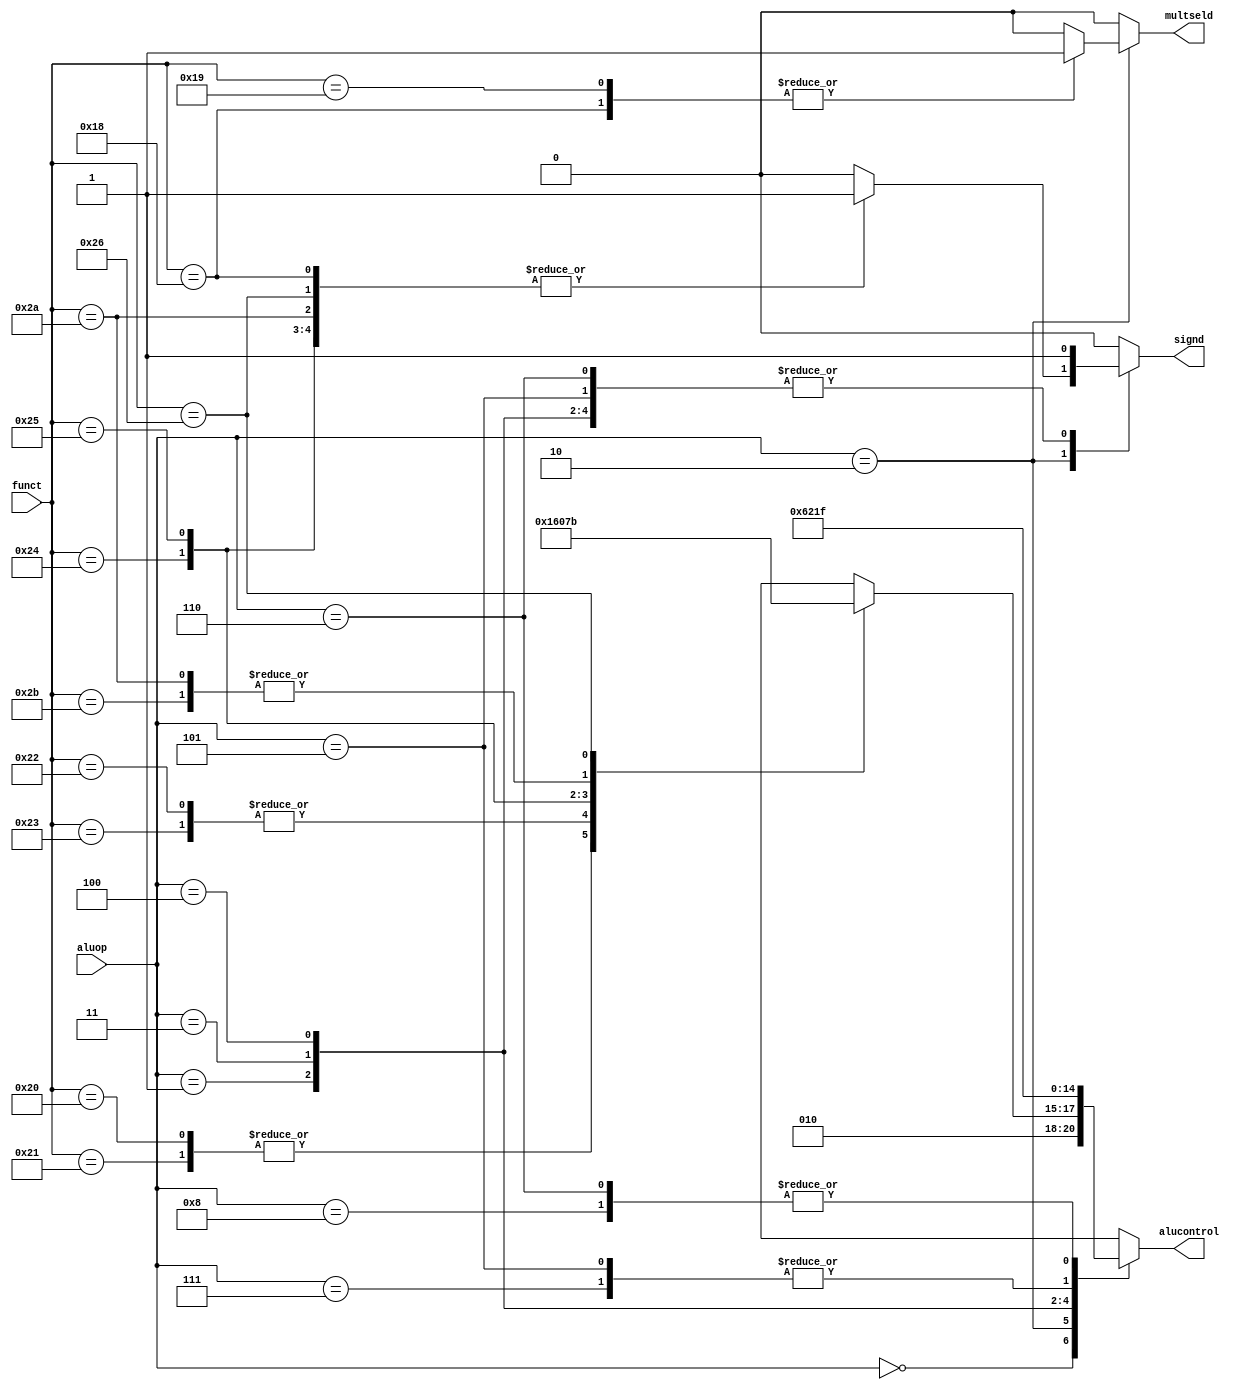
module aludec_1(funct, aluop, alucontrol, signd, multseld);
  input [5:0] funct;
  input [3:0] aluop;
  output reg [2:0] alucontrol;
  output reg signd, multseld;
  always @(*) begin
    case(aluop)
      4'b0000: begin alucontrol <= 3'b010; signd <= 1'b1; multseld <= 1'b0; end           
      4'b0010: begin
          case(funct)         
            6'b100000: begin alucontrol <= 3'b010; signd <= 1'b1; multseld <= 1'b0; end 
            6'b100001: begin alucontrol <= 3'b010; signd <= 1'b0; multseld <= 1'b0; end 
            6'b100010: begin alucontrol <= 3'b110; signd <= 1'b1; multseld <= 1'b0; end 
            6'b100011: begin alucontrol <= 3'b110; signd <= 1'b0; multseld <= 1'b0; end 
            6'b100100: begin alucontrol <= 3'b000; signd <= 1'b1; multseld <= 1'b0; end 
            6'b100101: begin alucontrol <= 3'b001; signd <= 1'b1; multseld <= 1'b0; end 
            6'b101010: begin alucontrol <= 3'b111; signd <= 1'b1; multseld <= 1'b0; end 
            6'b101011: begin alucontrol <= 3'b111; signd <= 1'b0; multseld <= 1'b0; end 
	    6'b100110: begin alucontrol <= 3'b011; signd <= 1'b1; multseld <= 1'b0; end 
            6'b011000: begin alucontrol <= 3'bxxx; signd <= 1'b1; multseld <= 1'b1; end 
            6'b011001: begin alucontrol <= 3'bxxx; signd <= 1'b0; multseld <= 1'b1; end 
          default:     begin alucontrol <= 3'bxxx; signd <= 1'b0; multseld <= 1'b0; end 
          endcase
	end
      4'b0001: begin alucontrol <= 3'b110; signd <= 1'b1; multseld <= 1'b0; end          
      4'b0011: begin alucontrol <= 3'b001; signd <= 1'b1; multseld <= 1'b0; end          
      4'b0100: begin alucontrol <= 3'b000; signd <= 1'b1; multseld <= 1'b0; end          
      4'b0101: begin alucontrol <= 3'b011; signd <= 1'b1; multseld <= 1'b0; end          
      4'b0110: begin alucontrol <= 3'b111; signd <= 1'b1; multseld <= 1'b0; end          
      4'b0111: begin alucontrol <= 3'b011; signd <= 1'b0; multseld <= 1'b0; end          
      4'b1000: begin alucontrol <= 3'b111; signd <= 1'b0; multseld <= 1'b0; end          
      default: begin alucontrol <= 3'bxxx; signd <= 1'b0; multseld <= 1'b0; end          
    endcase
  end
endmodule